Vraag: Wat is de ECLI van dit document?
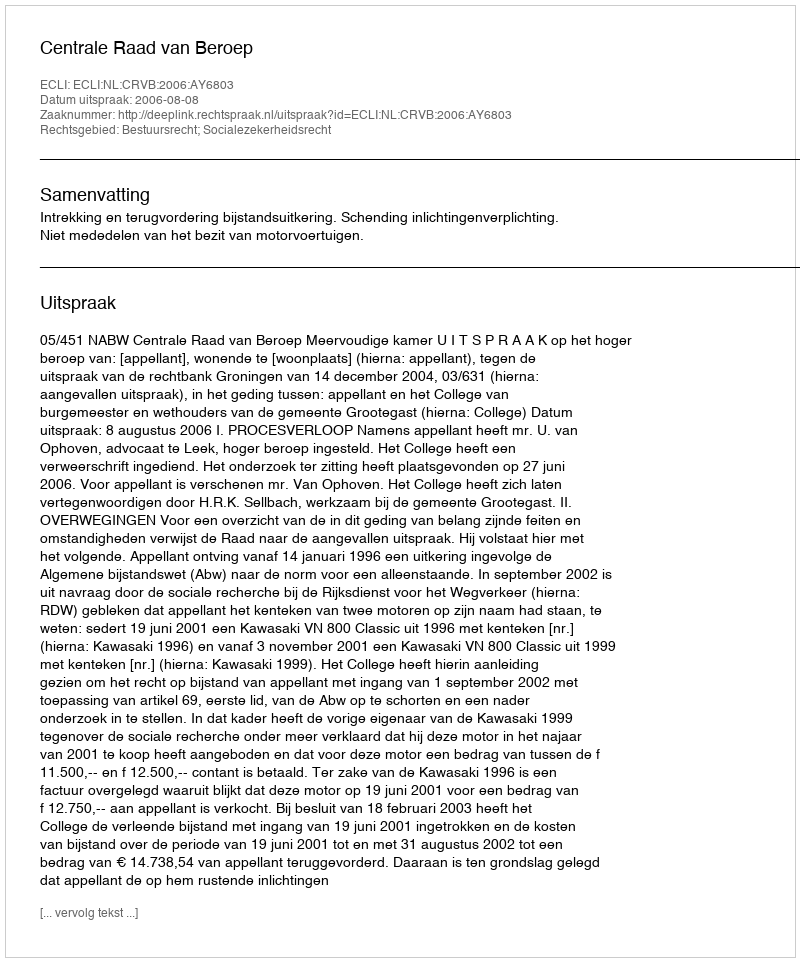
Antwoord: ECLI:NL:CRVB:2006:AY6803